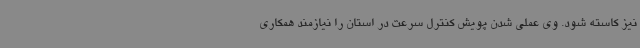
نیز کاسته شود. وی عملی شدن پویش کنترل سرعت در استان را نیازمند همکاری